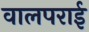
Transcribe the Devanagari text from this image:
वालपराई